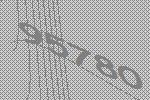
95780